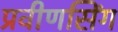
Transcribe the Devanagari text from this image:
प्रवीणसिंग